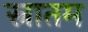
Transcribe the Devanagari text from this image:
स्नातम